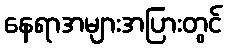
နေရာအများအပြားတွင်